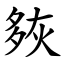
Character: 㷇